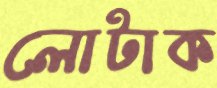
লোটাক